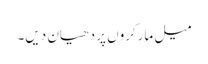
میل مارکروں پر دھیان دیں۔